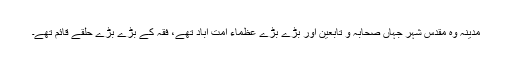
مدینہ وہ مقدس شہر جہاں صحابہ و تابعین اور بڑے بڑے عظماء امت آباد تھے، فقہ کے بڑے بڑے حلقے قائم تھے۔